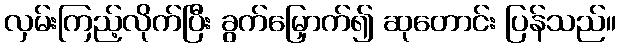
လှမ်းကြည့်လိုက်ပြီး ခွက်မြှောက်၍ ဆုတောင်း ပြန်သည်။